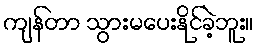
ကျန်တာ သွားမပေးနိုင်ခဲ့ဘူး။